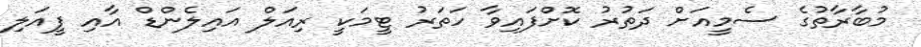
މުބާރާތުގެ ސެމީއަށް ދަތުރު ކޮށްފައިވާ ހަތަރު ޓީމަކީ ރިއަލް އައިލެންޑް އާއި ފީއަލި